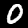
Digit: 0